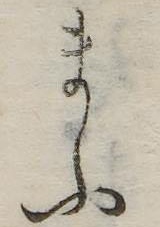
まふ